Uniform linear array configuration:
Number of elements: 4
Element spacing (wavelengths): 0.25
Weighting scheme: binomial
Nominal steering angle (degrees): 45
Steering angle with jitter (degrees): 45.996
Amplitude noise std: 0.05
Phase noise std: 0.05

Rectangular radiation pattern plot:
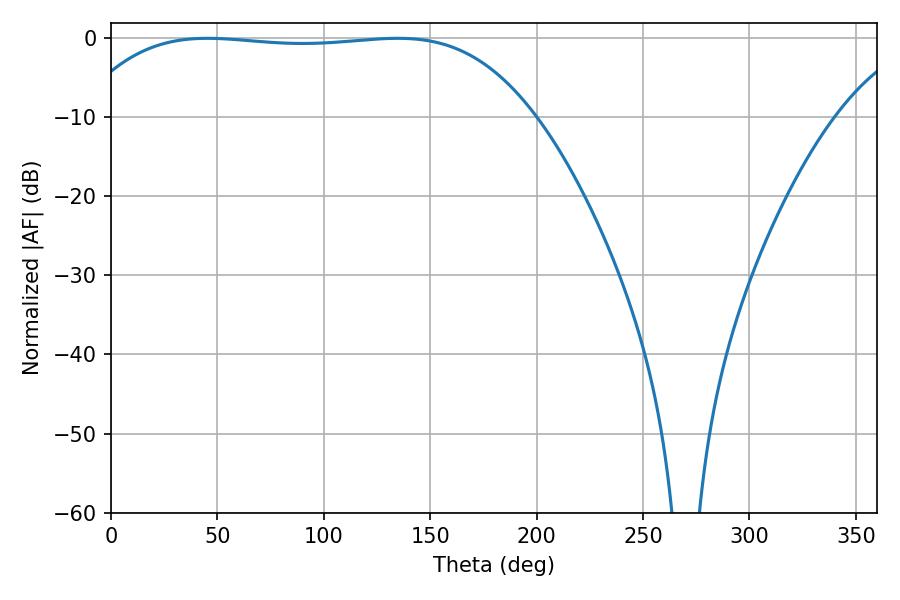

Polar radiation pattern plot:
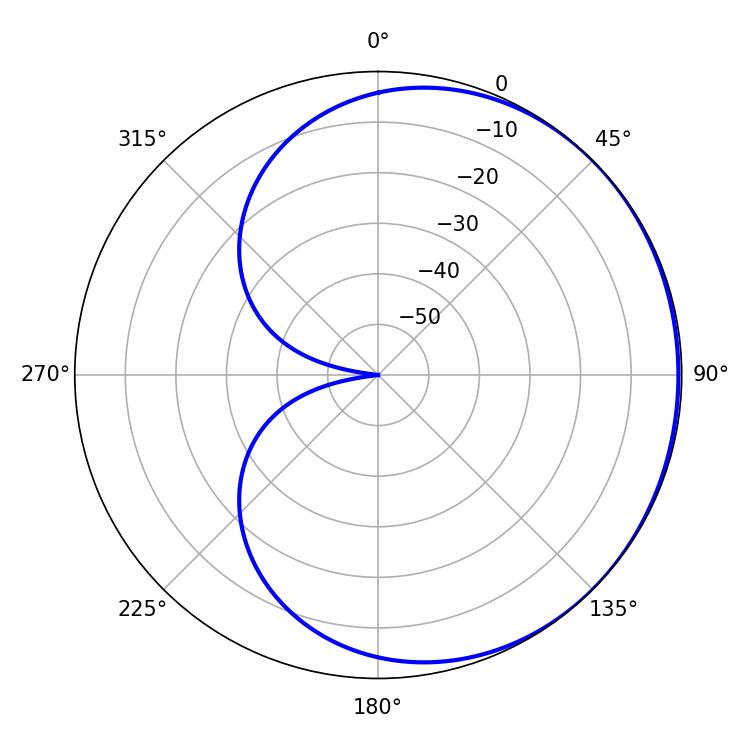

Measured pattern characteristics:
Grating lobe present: FALSE
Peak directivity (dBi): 0.5055
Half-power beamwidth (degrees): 168.12
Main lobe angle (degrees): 45.36